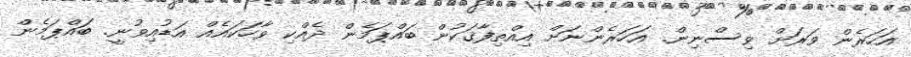
އަހަރެން ވަރަށް ވިސްނިން. އަހަރެންނަށް އިއްތިފާޤަކުން ބައްޕަމެން ދެއްކި ވާހަކައެއް އަޑުއިވުނީ. ބައްޕަމެން